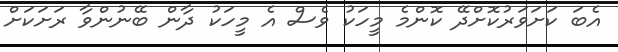
އެބަ ކަށަވަރުކޮށްދޭ ކޮންމެ މީހަކު ވެސް އެ މީހަކު ދާން ބޭނުންވާ ރަށަކަށް